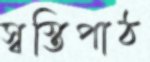
স্বস্তিপাঠ